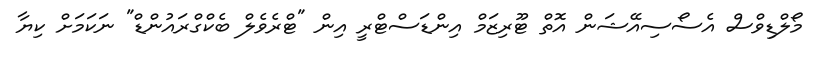
މޯލްޑިވްސް އެސޯސިއޭޝަން އޮތް ޓޫރިޒަމް އިންޑަސްޓްރީ އިން "ޓްރެވެލް ބެކްގްރައުންޑް" ނަކަމަށް ކިޔާ